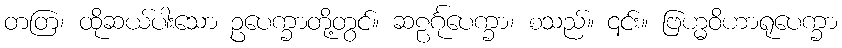
တတြ၊ ထိုဆယ်ပါးသော ဥပေက္ခာတို့တွင်။ ဆဠင်္ဂုပေက္ခာ၊ စသည်။ ၎င်း။ ဗြဟ္မဝိဟာရုပေက္ခာ